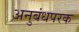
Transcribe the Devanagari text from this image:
अनुबंधपरक